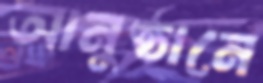
আনুষ্ঠানে